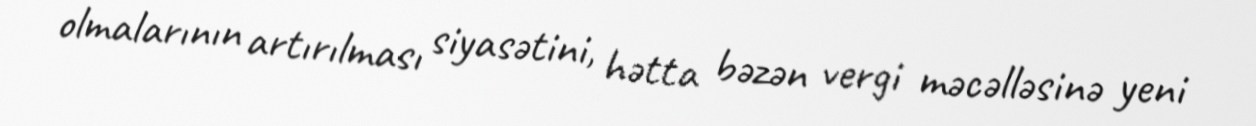
olmalarının artırılması siyasətini, hətta bəzən vergi məcəlləsinə yeni